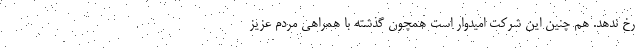
رخ ندهد. هم چنین این شرکت امیدوار است همچون گذشته با همراهی مردم عزیز